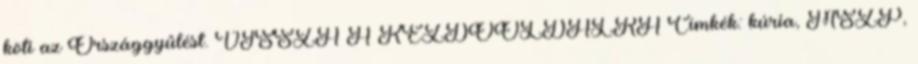
köti az Országgyűlést. VISSZA A KEZDŐOLDALRA Címkék: kúria, MSZP,